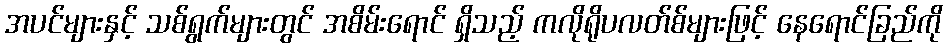
အပင်များနှင့် သစ်ရွက်များတွင် အစိမ်းရောင် ရှိသည့် ကလိုရိုပလတ်စ်များဖြင့် နေရောင်ခြည်ကို